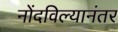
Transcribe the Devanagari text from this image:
नोंदविल्यानंतर